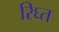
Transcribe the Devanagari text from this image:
रिघ्त